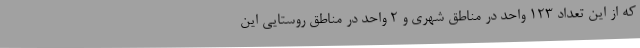
که از این تعداد 123 واحد در مناطق شهری و 2 واحد در مناطق روستایی این